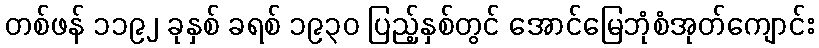
တစ်ဖန် ၁၁၉၂ ခုနှစ် ခရစ် ၁၉၃၀ ပြည့်နှစ်တွင် အောင်မြေဘုံစံအုတ်ကျောင်း